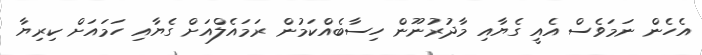
އެހެން ނަމަވެސް އެއީ ގެޔާއި މާދުރުނޫން ހިސާބެއްކަމުން ރަމައެލްއަށް ގެޔާއި ހަމައަށް ކިރިޔާ